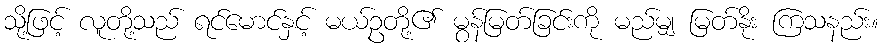
သို့ဖြင့် လူတို့သည် ရင်မောင်နှင့် မယ်ဥတို့၏ မွန်မြတ်ခြင်းကို မည်မျှ မြတ်နိုး ကြသနည်း။